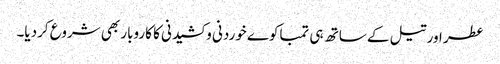
عطر اور تیل کے ساتھ ہی تمباکوے خوردنی و کشیدنی کا کاروبار بھی شروع کردیا۔